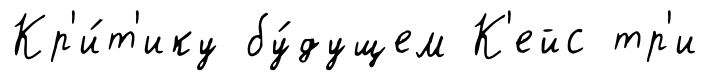
Кр'и́т'ику бу́дущем К'ейс тр'и